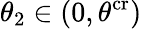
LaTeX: \theta_{2}\in(0,\theta^{\mathrm{cr}})